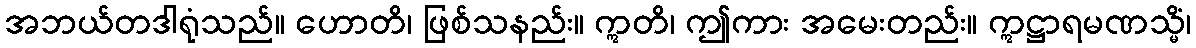
အဘယ်တဒါရုံသည်။ ဟောတိ၊ ဖြစ်သနည်း။ ဣတိ၊ ဤကား အမေးတည်း။ ဣဋ္ဌာရမဏသ္မိံ၊